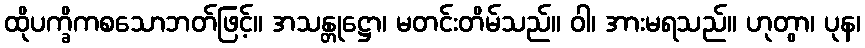
ထိုပက္ခိကစသောဘတ်ဖြင့်။ အသန္တုဋ္ဌော၊ မတင်းတိမ်သည်။ ဝါ၊ အားမရသည်။ ဟုတွာ၊ ပုန၊